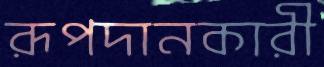
রূপদানকারী